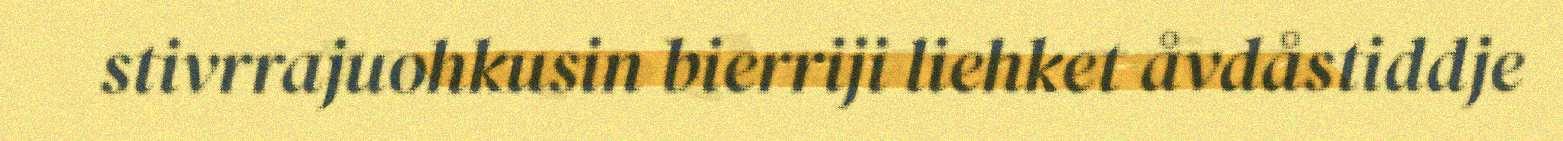
stivrrajuohkusin bierriji liehket åvdåstiddje